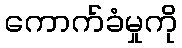
ကောက်ခံမှုကို